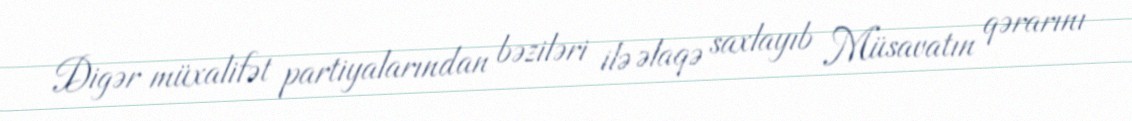
Digər müxalifət partiyalarından bəziləri ilə əlaqə saxlayıb Müsavatın qərarını